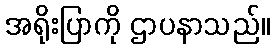
အရိုးပြာကို ဌာပနာသည်။